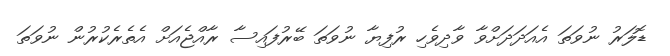
ޑޮލަރު ނުވަތަ އެއަދަދަށްވާ ވާދިވެހި ރުފިޔާ ނުވަތަ ބޭރުފައިސާ ރާއްޖެއަށް އެތެރެކުރުން ނުވަތަ